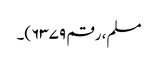
مسلم، رقم ۶۳۷۹)۔